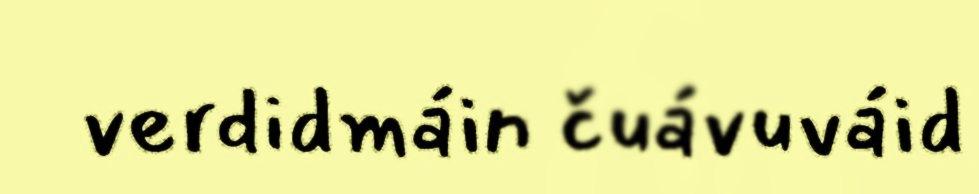
verdidmáin čuávuváid